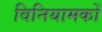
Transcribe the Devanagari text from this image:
विनियामकों